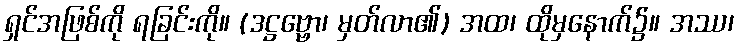
ရှင်အဖြစ်ကို ရခြင်းကို။ (ဒဋ္ဌဗ္ဗော၊ မှတ်လာ၏) အထ၊ ထိုမှနောက်၌။ အဿ၊